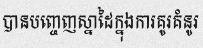
បានបញ្ចេញស្នាដៃក្នុងការគូរគំនូរ